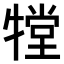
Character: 𤛋